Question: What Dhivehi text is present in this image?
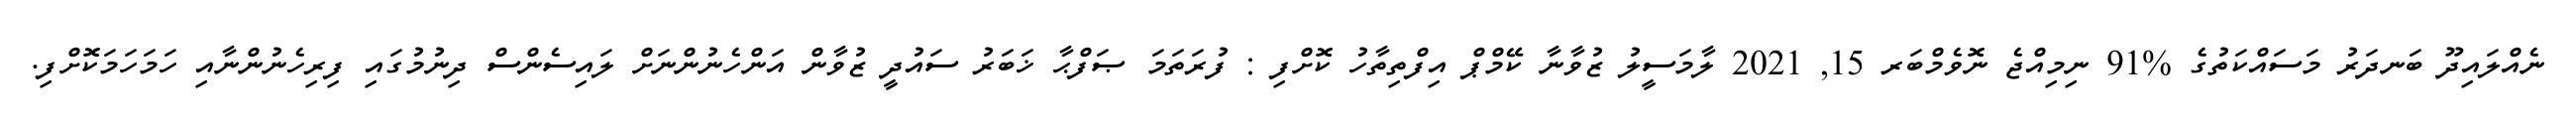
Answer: ނެއްލައިދޫ ބަނދަރު މަސައްކަތުގެ %91 ނިމިއްޖެ ނޮވެމްބަރ 15, 2021 ލާމަސީލު ޒުވާނާ ކޭމްޕް އިފްތިތާހު ކޮށްފި : ފުރަތަމަ ޞަފްޙާ ޚަބަރު ސައުދީ ޒުވާން އަންހެނުންނަށް ލައިސެންސް ދިނުމުގައި ފިރިހެނުންނާއި ހަމަހަމަކޮށްފި.